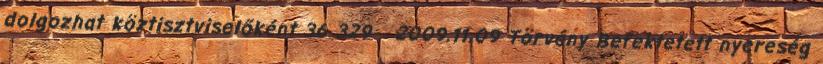
dolgozhat köztisztviselőként 36 329 2009.11.09 Törvény Befektetett nyereség